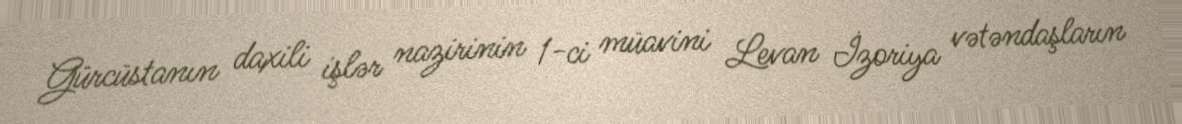
Gürcüstanın daxili işlər nazirinin 1-ci müavini Levan İzoriya vətəndaşların